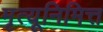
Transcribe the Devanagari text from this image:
मृत्यूनिमित्त